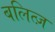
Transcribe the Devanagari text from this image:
बलित्ज़